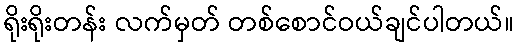
ရိုးရိုးတန်း လက်မှတ် တစ်စောင်ဝယ်ချင်ပါတယ်။